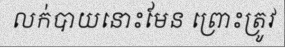
លក់បាយនោះមែន ព្រោះត្រូវ